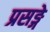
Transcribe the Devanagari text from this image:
प्रसङ्गे